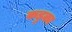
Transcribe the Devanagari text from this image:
कडुका